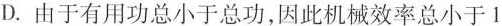
D.由于有用功总小于总功，因此机械效率总小于1